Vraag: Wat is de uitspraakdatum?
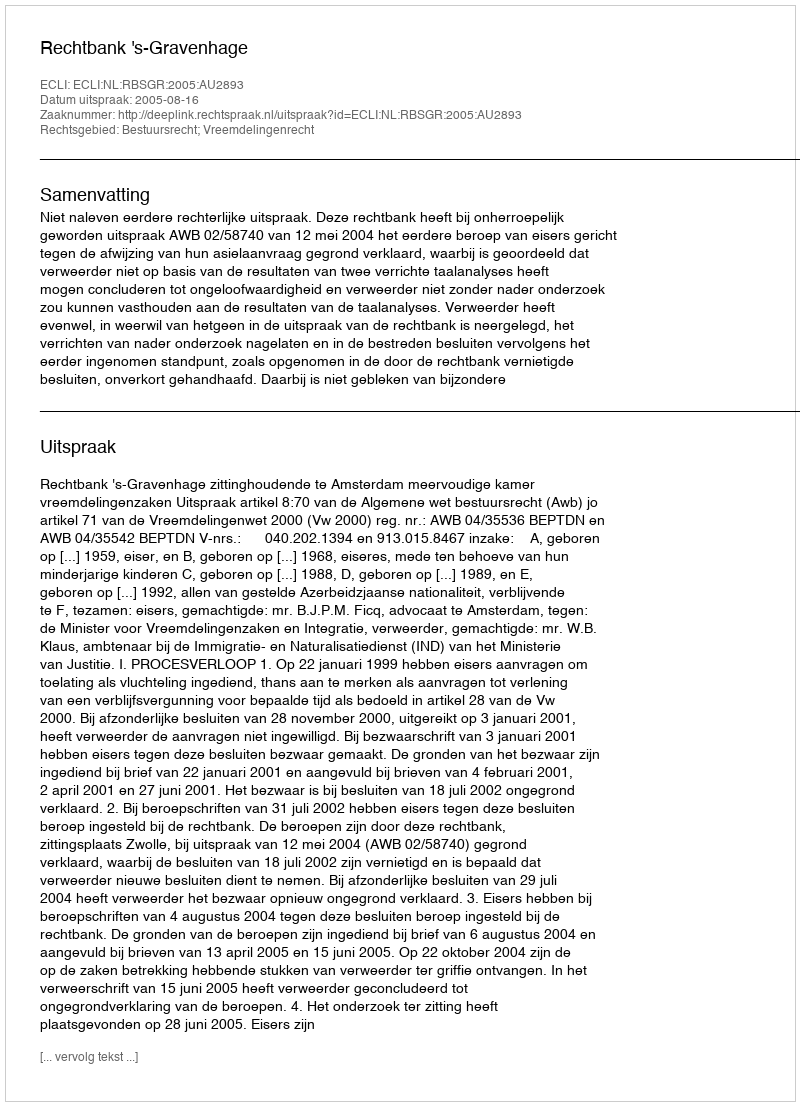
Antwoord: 2005-08-16